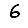
Digit: 6